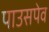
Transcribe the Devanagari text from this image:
पाउसपेव